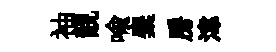
袖靚喻麋房湋